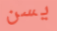
يسن